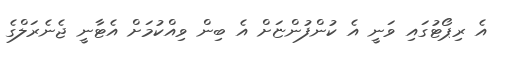
އެ ރިޕޯޓުގައި ވަނީ އެ ކުންފުންޏަށް އެ ބިން ވިއްކުމަށް އެޓާނީ ޖެނެރަލްގެ